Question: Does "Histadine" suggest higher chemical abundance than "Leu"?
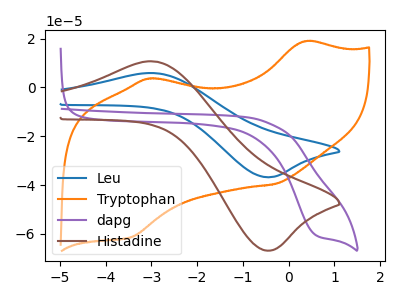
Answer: <think>The blue curve "Leu" has an anodic peak at (-2.95V, 5.85uA) and a cathodic peak at (-0.40V, -36.80uA). The orange curve "Tryptophan" has anodic peaks at (0.35V, 18.80uA) (-3.05V, 3.60uA) and cathodic peaks at (-0.30V, -39.65uA) (-3.45V, -61.35uA). The purple curve "dapg" has a cathodic peak at: (0.60V, -60.50uA). The brown curve "Histadine" has an anodic peak at (-2.95V, 10.60uA) and a cathodic peak at (-0.40V, -66.85uA).
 All the peaks in "Histadine" have a peak in "Leu" at the same potential. Every peak in "Histadine" is higher than every peak in "Leu".</think>
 <answer>"Histadine" has more signal than "Leu".</answer>
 <eval>more_signal</eval>